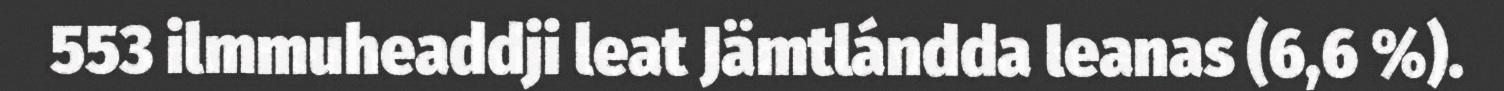
553 ilmmuheaddji leat Jämtlándda leanas (6,6 %).